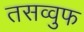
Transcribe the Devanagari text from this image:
तसव्‍वुफ